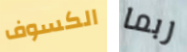
الكسوف ربما